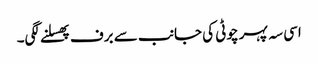
اسی سہ پہر چوٹی کی جانب سے برف پھسلنے لگی۔